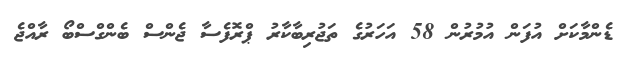
ޑެންމާކަށް އުފަން އުމުރުން 58 އަހަރުގެ ތަޖުރިބާކާރު ޕްރޮފެސާ ޖެންސް ބެންގްސްބޯ ރާއްޖެ